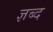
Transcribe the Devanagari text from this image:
ज्ञब्द